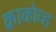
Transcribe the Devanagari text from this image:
क्राकोव्ह